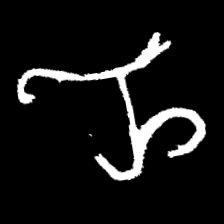
Pyu character \u2014 Myanmar letter: ည (romanized: nya)